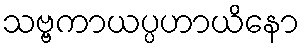
သဗ္ဗကာယပ္ပဟာယိနော